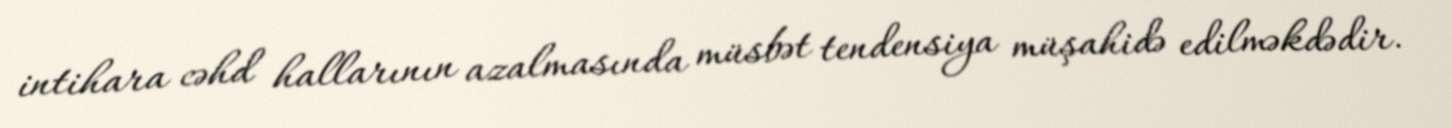
intihara cəhd hallarının azalmasında müsbət tendensiya müşahidə edilməkdədir.